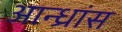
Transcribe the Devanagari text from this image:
आन्ध्रांस